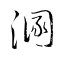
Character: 溷